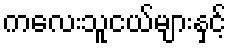
ကလေးသူငယ်များနှင့်